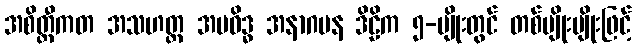
အစိတ္တီကတ အသဟတ္ထ အပဝိဒ္ဓ အနာဂမန ဒိဠိက ၅-မျိုးတွင် တစ်မျိုးမျိုးဖြင့်